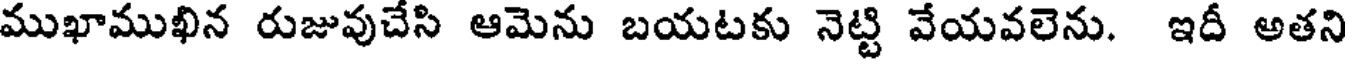
ముఖాముఖిన రుజువుచేసి ఆమెను బయటకు నెట్టి వేయవలెను. ఇదీ అతని